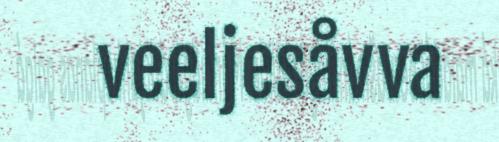
veeljesåvva